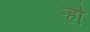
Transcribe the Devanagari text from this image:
ऱ्हो